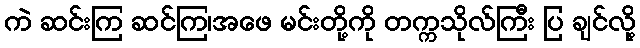
ကဲ ဆင်းကြ ဆင်ကြ၊အဖေ မင်းတို့ကို တက္ကသိုလ်ကြီး ပြ ချင်လို့